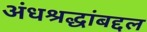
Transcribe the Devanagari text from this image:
अंधश्रद्धांबद्दल